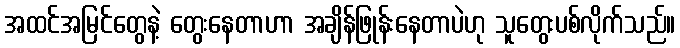
အထင်အမြင်တွေနဲ့ တွေးနေတာဟာ အချိန်ဖြုန်းနေတာပဲဟု သူတွေးပစ်လိုက်သည်။